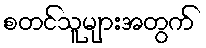
စတင်သူများအတွက်